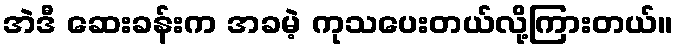
အဲဒီ ဆေးခန်းက အခမဲ့ ကုသပေးတယ်လို့ကြားတယ်။